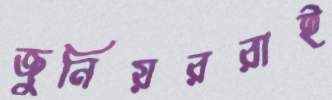
জুনিয়ররাই